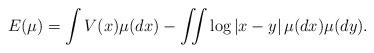
LaTeX: \begin{align*}E(\mu)=\int V(x)\mu(dx)-\iint \log|x-y| \, \mu(dx)\mu(dy).\end{align*}